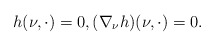
\begin{align*}h(\nu, \cdot)= 0,(\nabla_{\nu} h)(\nu, \cdot)=0.\end{align*}